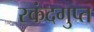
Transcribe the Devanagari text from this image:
स्‍कंदगुप्त